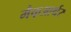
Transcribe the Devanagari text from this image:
मैक्‌आर्थर